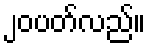
၂၀ပတ်လည်။